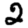
Digit: 2